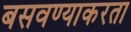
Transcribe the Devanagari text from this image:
बसवण्याकरता